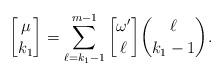
LaTeX: \begin{align*}{{\mu}\brack {k_1}}=\sum_{\ell=k_1-1}^{m-1} {{\omega'}\brack {\ell}}{{\ell}\choose {k_1-1}}.\end{align*}